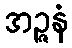
အဉ္ဇနံ